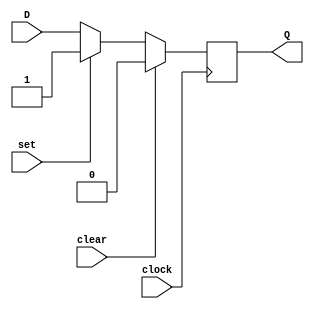
module d_ff (
    input D,
    input clock,
    input set,
    input clear,
    output reg Q
);

always @(posedge clock) begin
    if (clear)
        Q <= 1'b0;
    else if (set)
        Q <= 1'b1;
    else
        Q <= D;
end

endmodule